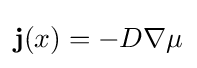
\mathbf {j} (x)=-D\nabla \mu